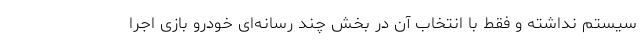
سیستم نداشته و فقط با انتخاب آن در بخش چند رسانه‌ای خودرو بازی اجرا